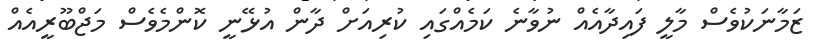
ޒަމާނަކުވެސް މާލީ ފައިދާއެއް ނުވާނެ ކަމެއްގައި ކުރިއަށް ދާން އުޅޭނީ ކޮންމެވެސް މަޖްބޫރީއެއް